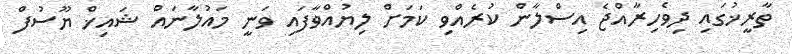
ތާރީޚުގައި ދިވެހިރާއްޖެ އިސްލާން ކުރެއްވި ކަމަށް ލިޔުއްވާފައި ވަނީ މައުލާނައް ޝައިޚް ޔޫސުފް